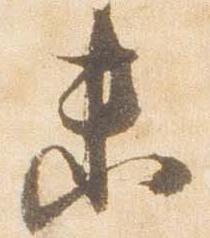
未